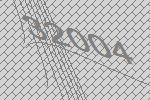
32004